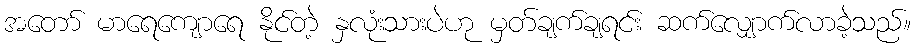
အတော် မာရေကျောရေ နိုင်တဲ့ နှလုံးသားပဲဟု မှတ်ချက်ချရင်း ဆက်လျှောက်လာခဲ့သည်။